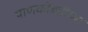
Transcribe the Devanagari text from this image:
पाणकोंबडीच्या